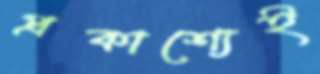
প্রকাশ্যেই